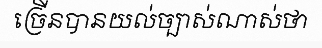
ច្រើនបានយល់ច្បាស់ណាស់ថា